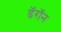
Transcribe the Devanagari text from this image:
डॅरॉन